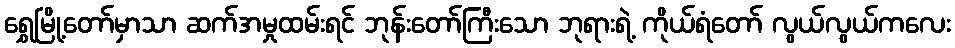
ရွှေမြို့တော်မှာသာ ဆက်အမှုထမ်းရင် ဘုန်းတော်ကြီးသော ဘုရားရဲ့ ကိုယ်ရံတော် လွယ်လွယ်ကလေး